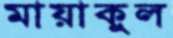
মায়াকুল